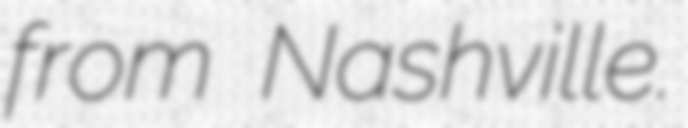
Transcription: from Nashville.